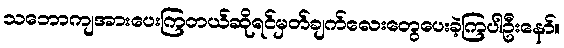
သဘောကျအားပေးကြတယ်ဆိုရင်မှတ်ချက်လေးတွေပေးခဲ့ကြပါဦးနော်။